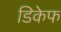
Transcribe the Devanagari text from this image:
डिकेफ